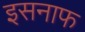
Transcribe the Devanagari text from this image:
इसनाफ